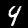
Label: 4